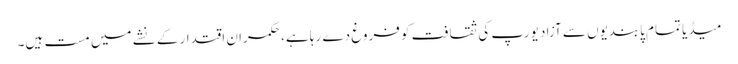
میڈیا تمام پابندیوں سے آزاد یورپ کی ثقافت کو فروغ دے رہا ہے، حکمران اقتدار کے نشے میں مست ہیں۔